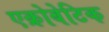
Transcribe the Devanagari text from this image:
एक्रोबेटिक